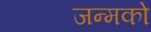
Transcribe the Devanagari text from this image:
जन्मको